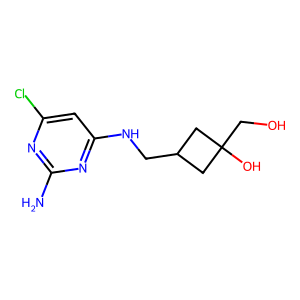
SMILES: Nc1nc(Cl)cc(NCC2CC(O)(CO)C2)n1
Inhibits HIV replication: No